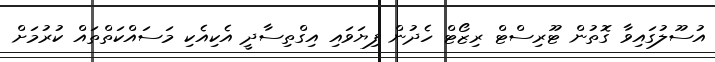
އުސޫލުގައިވާ ގޮތުން ޓޫރިސްޓް ރިޒޯޓް ހެދުން ފިޔަވައި އިގްތިސާދީ އެކިއެކި މަސައްކަތްތައް ކުރުމަށް